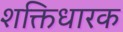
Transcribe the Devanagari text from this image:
शक्तिधारक